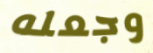
وجعله